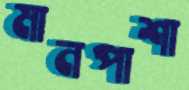
মানপাশা